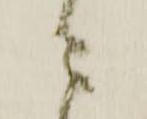
ニ